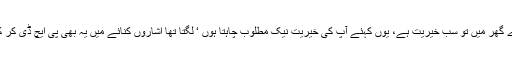
’ جی میرے گھر میں تو سب خیریت ہے، یوں کہئے آپ کی خیریت نیک مطلوب چاہتا ہوں ‘ لگتا تھا اشاروں کنائے میں یہ بھی پی ایچ ڈی کر کے آیا ہے۔